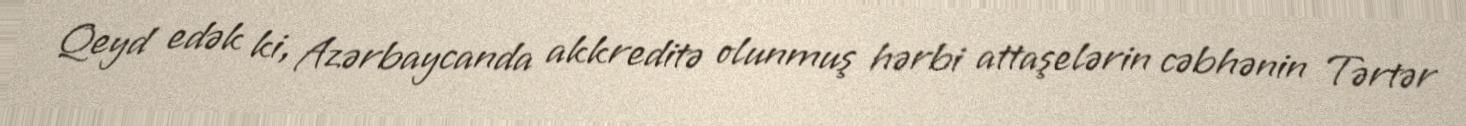
Qeyd edək ki, Azərbaycanda akkreditə olunmuş hərbi attaşelərin cəbhənin Tərtər